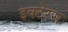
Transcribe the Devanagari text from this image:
इक्टेरस